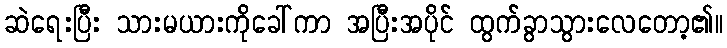
ဆဲရေးပြီး သားမယားကိုခေါ်ကာ အပြီးအပိုင် ထွက်ခွာသွားလေတော့၏။